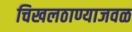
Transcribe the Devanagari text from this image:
चिखलठाण्याजवळ